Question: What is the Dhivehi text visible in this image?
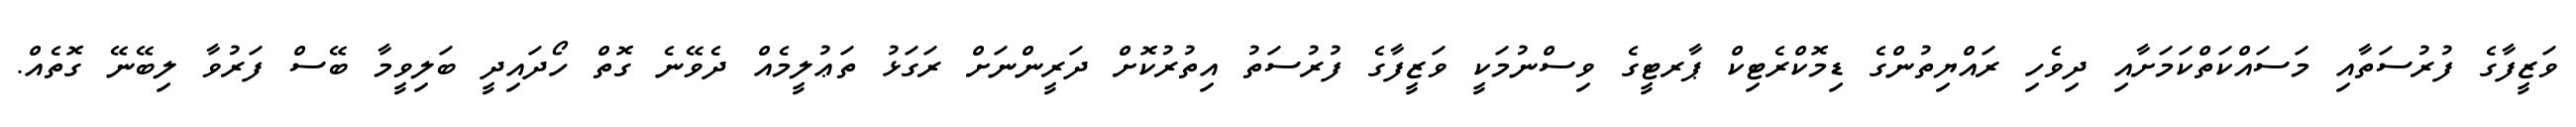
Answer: ވަޒީފާގެ ފުރުސަތާއި މަސައްކަތްކަމަށާއި ދިވެހި ރައްޔިތުންގެ ޑިމޮކްރެޓިކް ޕާރޓީގެ ވިސްނުމަކީ ވަޒީފާގެ ފުރުސަތު އިތުރުކޮށް ދަރީންނަށް ރަގަޅު ތަޢުލީމެއް ދެވޭނެ ގޮތް ހޯދައިދީ ބަލިވީމާ ބޭސް ފަރުވާ ލިބޭނޭ ގޮތެއް.